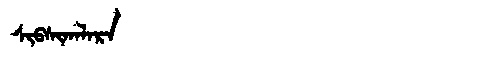
Manchu: ᠰᡳᠪᠰᡳᡴᠠᠯᠠᡵᠠ
Romanization: SIBSIKALARA